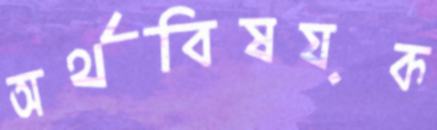
অর্থবিষয়ক